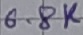
Text: 6.8K